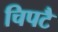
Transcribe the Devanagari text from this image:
चिपटै